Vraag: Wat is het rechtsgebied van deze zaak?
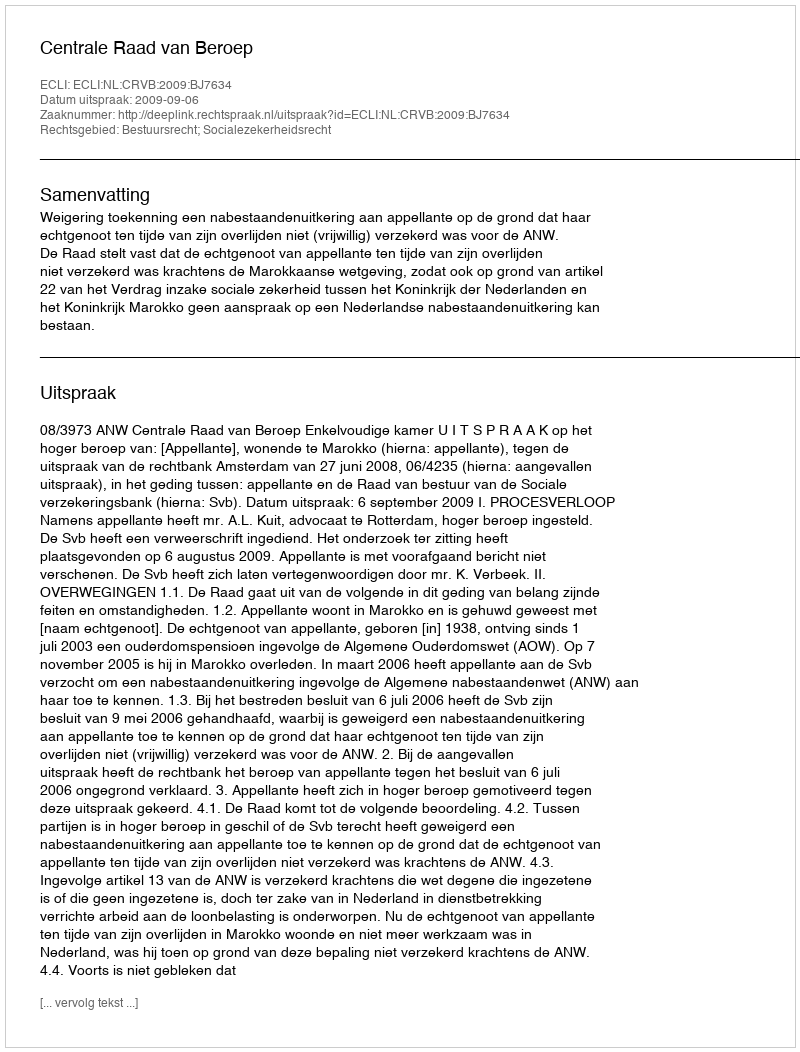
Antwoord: Bestuursrecht; Socialezekerheidsrecht